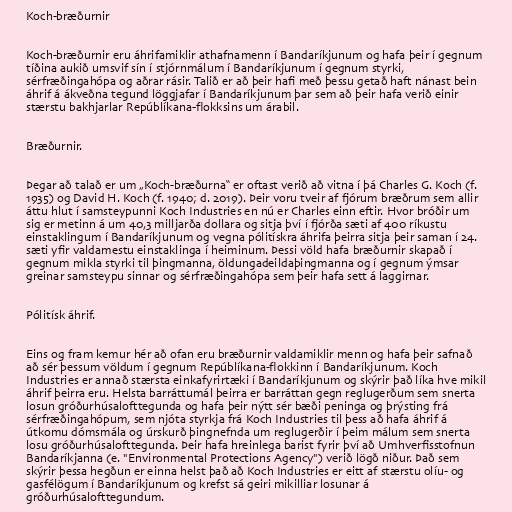
Koch-bræðurnir

Koch-bræðurnir eru áhrifamiklir athafnamenn í Bandaríkjunum og hafa þeir í gegnum
tíðina aukið umsvif sín í stjórnmálum í Bandaríkjunum í gegnum styrki,
sérfræðingahópa og aðrar rásir. Talið er að þeir hafi með þessu getað haft nánast bein
áhrif á ákveðna tegund löggjafar í Bandaríkjunum þar sem að þeir hafa verið einir
stærstu bakhjarlar Repúblíkana-flokksins um árabil.

Bræðurnir.

Þegar að talað er um „Koch-bræðurna“ er oftast verið að vitna í þá Charles G. Koch (f.
1935) og David H. Koch (f. 1940; d. 2019). Þeir voru tveir af fjórum bræðrum sem allir
áttu hlut í samsteypunni Koch Industries en nú er Charles einn eftir. Hvor bróðir um
sig er metinn á um 40,3 milljarða dollara og sitja því í fjórða sæti af 400 ríkustu
einstaklingum í Bandaríkjunum og vegna pólitískra áhrifa þeirra sitja þeir saman í 24.
sæti yfir valdamestu einstaklinga í heiminum. Þessi völd hafa bræðurnir skapað í
gegnum mikla styrki til þingmanna, öldungadeildaþingmanna og í gegnum ýmsar
greinar samsteypu sinnar og sérfræðingahópa sem þeir hafa sett á laggirnar.

Pólitísk áhrif.

Eins og fram kemur hér að ofan eru bræðurnir valdamiklir menn og hafa þeir safnað
að sér þessum völdum í gegnum Repúblíkana-flokkinn í Bandaríkjunum. Koch
Industries er annað stærsta einkafyrirtæki í Bandaríkjunum og skýrir það líka hve mikil
áhrif þeirra eru. Helsta barráttumál þeirra er barráttan gegn reglugerðum sem snerta
losun gróðurhúsalofttegunda og hafa þeir nýtt sér bæði peninga og þrýsting frá
sérfræðingahópum, sem njóta styrkja frá Koch Industries til þess að hafa áhrif á
útkomu dómsmála og úrskurð þingnefnda um reglugerðir í þeim málum sem snerta
losu gróðurhúsalofttegunda. Þeir hafa hreinlega barist fyrir því að Umhverfisstofnun
Bandaríkjanna (e. "Environmental Protections Agency") verið lögð niður. Það sem
skýrir þessa hegðun er einna helst það að Koch Industries er eitt af stærstu olíu- og
gasfélögum í Bandaríkjunum og krefst sá geiri mikilliar losunar á
gróðurhúsalofttegundum.